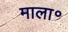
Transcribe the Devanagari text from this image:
माला॰